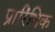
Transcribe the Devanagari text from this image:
प्रारिंभिक